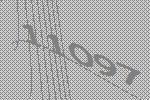
11097